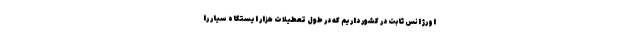
اورژانس ثابت در کشور داریم که در طول تعطیلات هزار ایستگاه سیار را